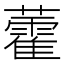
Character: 藿